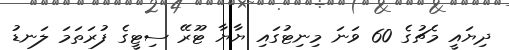
ދިޔައީ މެޗުގެ 60 ވަނަ މިނިޓުގައި ޔާޔާ ޓޫރޭ ސިޓީގެ ފުރަތަމަ ލަނޑު